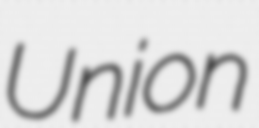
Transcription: Union